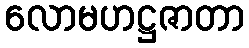
လောမဟဋ္ဌဇာတာ